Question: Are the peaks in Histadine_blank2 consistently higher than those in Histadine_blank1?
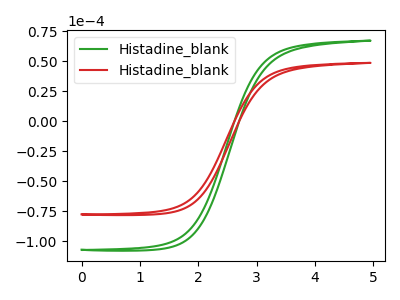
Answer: <think>The green curve "Histadine_blank1" has no peaks. The red curve "Histadine_blank2" has no peaks.</think>
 <answer>Niether CV has any peaks.</answer>
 <eval>blanks</eval>